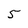
Character: 5